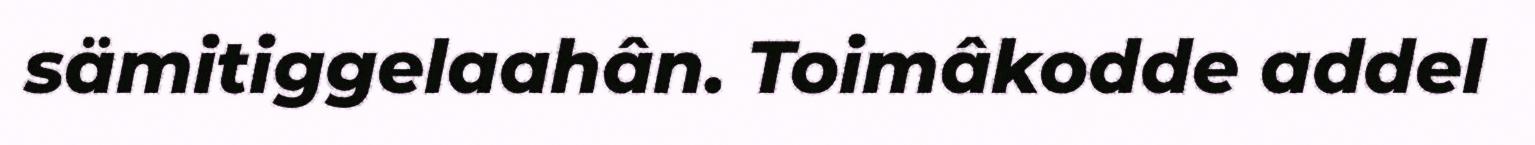
sämitiggelaahân. Toimâkodde addel